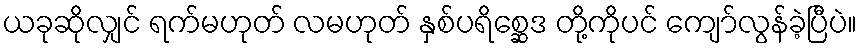
ယခုဆိုလျှင် ရက်မဟုတ် လမဟုတ် နှစ်ပရိစ္ဆေဒ တို့ကိုပင် ကျော်လွန်ခဲ့ပြီပဲ။